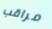
مراقب